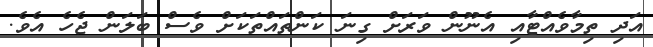
އަދި ތިމާވެއްޓާއި އެނޫން ވަރަށް ގިނަ ކަންތައްތަކަށް ވެސް ބަލަން ޖެހެ އެވެ.